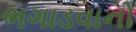
ભગાડવાનો